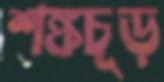
শঙ্কচূড়